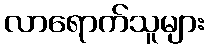
လာရောက်သူများ